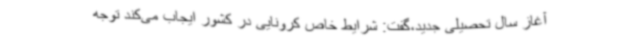
آغاز سال تحصیلی جدید،گفت: شرایط خاص کرونایی در کشور ایجاب می‌کند توجه